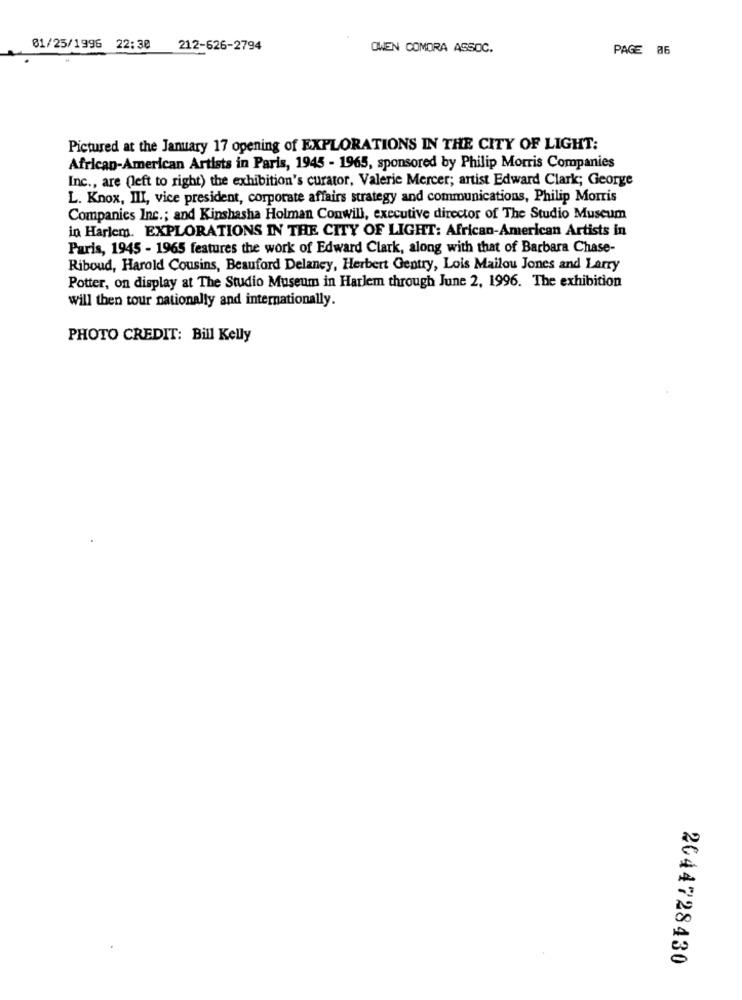
01/25/1996 22:30 212-626-2794
OWEN COMORA ASSOC.
PAGE 86
Pictured at the January 17 opening of EXPLORATIONS IN THE CITY OF LIGHT:
African-American Artists in Paris, 1945 - 1965, sponsored by Philip Morris Companies
Inc ., are (left to right) the exhibition's curator, Valerie Mercer; artist Edward Clark; George
L. Knox, III, vice president, corporate affairs strategy and communications, Philip Morris
Companies Inc .; and Kinshasha Holman Conwill, executive director of The Studio Museum
in Harlem. EXPLORATIONS IN THE CITY OF LIGHT: African-American Artists in
Paris, 1945 - 1965 features the work of Edward Clark, along with that of Barbara Chase-
Riboud, Harold Cousins, Beauford Delaney, Herbert Gentry, Lois Mailou Jones and Larry
Potter, on display at The Studio Museum in Harlem through June 2, 1996. The exhibition
will then tour nationally and internationally.
PHOTO CREDIT: Bill Kelly
2644728430